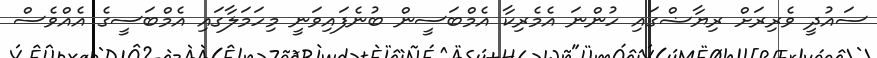
ސައުދީ ވެރިރަށް ރިޔާޟްގައި ހުންނަ އެމެރިކާ އެމްބަސީން ބުނެފައިވަނީ މިހަމަލާގައި އެމްބަސީގެ އެއްވެސް